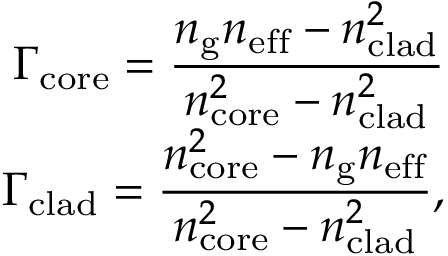
\begin{array} { r } { \Gamma _ { \mathrm { c o r e } } = \frac { \displaystyle n _ { \mathrm { g } } n _ { \mathrm { e f f } } - n _ { \mathrm { c l a d } } ^ { 2 } } { \displaystyle n _ { \mathrm { c o r e } } ^ { 2 } - n _ { \mathrm { c l a d } } ^ { 2 } } } \\ { \Gamma _ { \mathrm { c l a d } } = \frac { \displaystyle n _ { \mathrm { c o r e } } ^ { 2 } - n _ { \mathrm { g } } n _ { \mathrm { e f f } } } { \displaystyle n _ { \mathrm { c o r e } } ^ { 2 } - n _ { \mathrm { c l a d } } ^ { 2 } } , } \end{array}